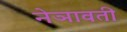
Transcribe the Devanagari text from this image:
नेञावती